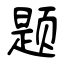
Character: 题